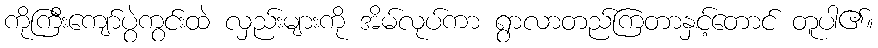
ကိုကြီးကျော်ပွဲကွင်းထဲ လှည်းများကို အိမ်လုပ်ကာ ရွာလာတည်ကြတာနှင့်တောင် တူပါ၏။